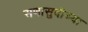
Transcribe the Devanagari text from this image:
सणासुदीच्या